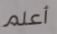
أعلم